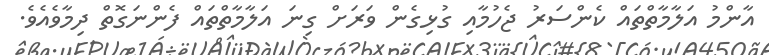
އާންމު އަލާމާތްތައް ކެންސަރު ޖެހުމާއި ގުޅިގެން ވަރަށް ގިނަ އަލާމާތްތައް ފެންނަގޮތް ދިމާވެއެވެ.